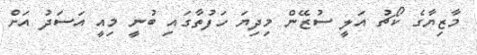
މާޒިޔާގެ ކޯޗު އަލީ ސުޒޭން މިދިޔަ ހަފުތާގައި ބުނީ މިއީ އަސަދު އަށް